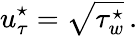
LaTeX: u_{\tau}^{\star}=\sqrt{\tau_{w}^{\star}}\, .